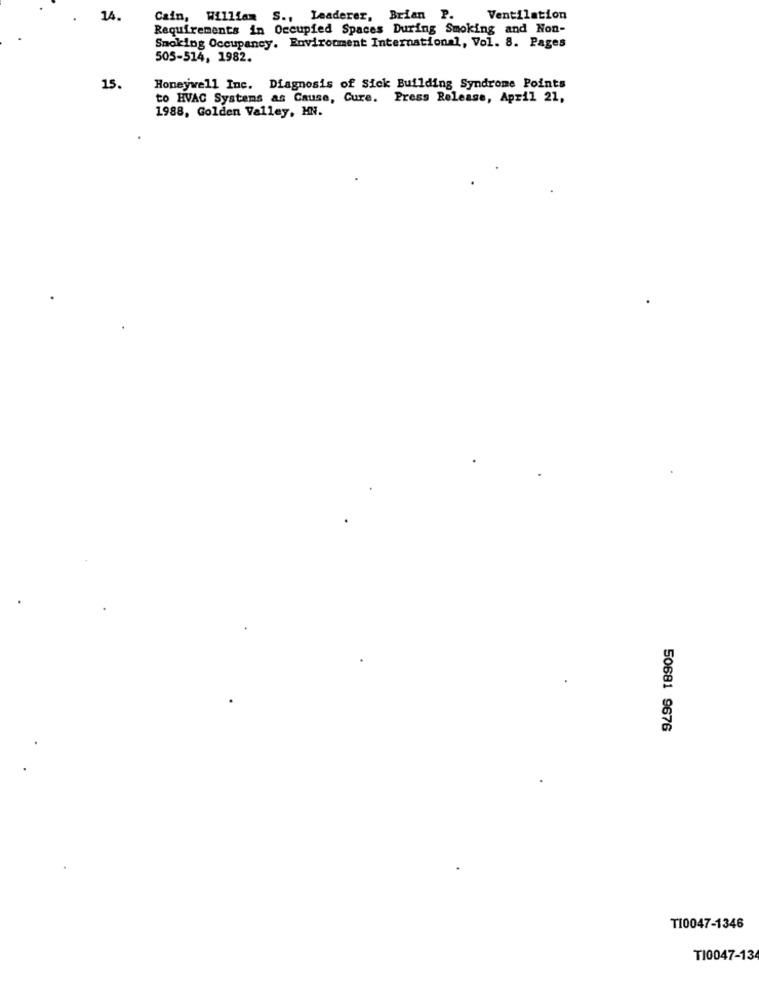
14.
Cain, William S ., Leaderer, Brian P.
Ventilation
Requirements in Occupied Spaces During Smoking and Non-
Smoking Occupancy. Environment International, Vol. 8. Pages
505-514, 1982.
15.
Honeywell Inc. Diagnosis of Sick Building Syndrome Points
to HVAC Systems as Cause, Cure. Press Release, April 21,
1988, Golden Valley, MN.
50681 9676
T10047-1346
TI0047-13